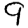
Digit: 9